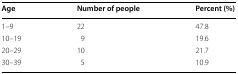
<table><thead><tr><td><b>Age</b></td><td><b>Number of people</b></td><td><b>Percent (%)</b></td></tr></thead><tbody><tr><td>1–9</td><td>22</td><td>47.8</td></tr><tr><td>10–19</td><td>9</td><td>19.6</td></tr><tr><td>20–29</td><td>10</td><td>21.7</td></tr><tr><td>30–39</td><td>5</td><td>10.9</td></tr></tbody></table>